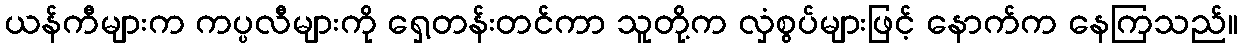
ယန်ကီများက ကပ္ပလီများကို ရှေ့တန်းတင်ကာ သူတို့က လှံစွပ်များဖြင့် နောက်က နေကြသည်။